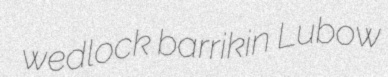
wedlock barrikin Lubow